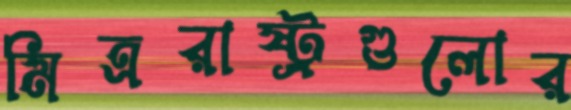
মিত্ররাষ্ট্রগুলোর